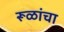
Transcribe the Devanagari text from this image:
रूळांचा